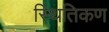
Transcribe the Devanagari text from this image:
स्थितिकण